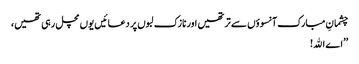
چشمانِ مبارک آنسوؤں سے تر تھیں اور نازک لبوں پر دعائیں یوں مچل رہی تھیں،
’’اے اﷲ!